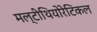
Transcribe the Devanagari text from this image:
मल्टीथियोरेटिकल